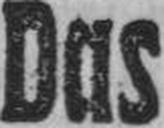
Das